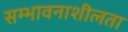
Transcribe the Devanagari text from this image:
सम्भावनाशीलता